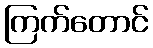
ကြက်တောင်